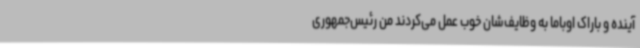
آینده و باراک اوباما به وظایف‌شان خوب عمل می‌کردند من رئیس‌جمهوری